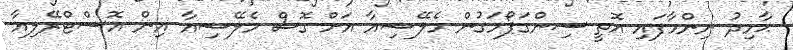
ޙާމިދު ނިންމާފައި އޮތީ ސިންގަޕޯމަގުން މެލޭޝިއާ އަށް ގޮސް މެލޭޝިއާ އިން އޮސްޓްރޭލިއާ